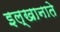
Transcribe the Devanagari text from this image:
इल्खानाते